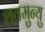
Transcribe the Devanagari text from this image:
शवमुन्यु